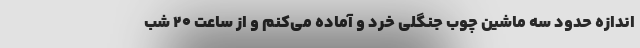
اندازه حدود سه ماشین چوب جنگلی خرد و آماده می‌کنم و از ساعت ۲۰ شب